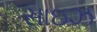
સાઇઝ